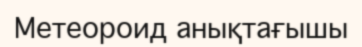
Метеороид анықтағышы